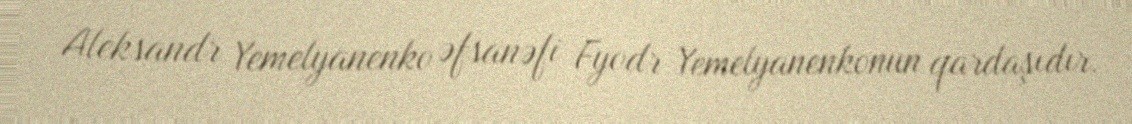
Aleksandr Yemelyanenko əfsanəfi Fyodr Yemelyanenkonun qardaşıdır.